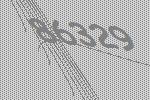
86329